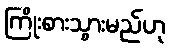
ကြိုးစားသွားမည်ဟု